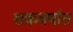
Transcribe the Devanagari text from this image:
शकवर्षात